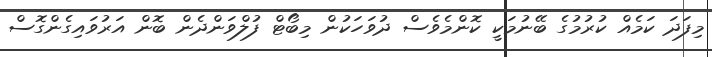
މިފަދަ ކަމެއް ކުރުމުގެ ބޭނުމަކީ ކޮންމެވެސް ދުވަހަކުން މިބޯޓް ފުލްވަންދެން ބޮން އަރުވައިގެންގޮސް